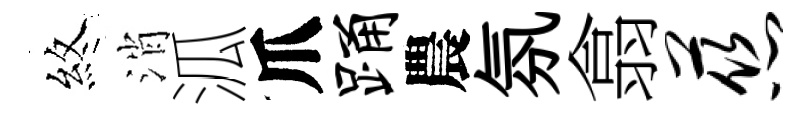
煞消泒爪踊農氛翕慈